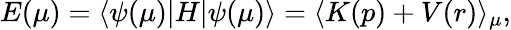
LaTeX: E(\mu)=\langle\psi(\mu)|H|\psi(\mu)\rangle=\langle K(p)+V(r)\rangle_{\mu},